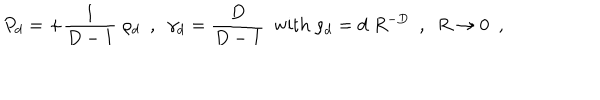
P _ { d } = + { \frac { 1 } { D - 1 } } \; \rho _ { d } ~ ~ , ~ ~ \gamma _ { d } = { \frac { D } { D - 1 } } ~ ~ \mathrm { w i t h ~ } \rho _ { d } = d \; R ^ { - D } ~ ~ , ~ ~ R \to 0 ~ ~ ,